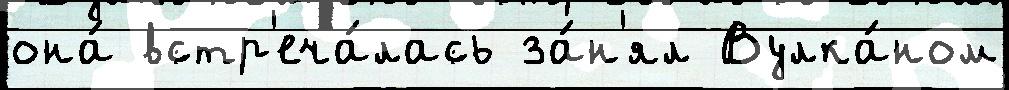
она́ встр'еча́лась за́н'ял Вулка́ном